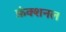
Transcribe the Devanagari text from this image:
फ़ंक्शनल